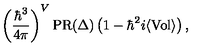
\left( { \frac { \hbar ^ { 3 } } { 4 \pi } } \right) ^ { V } \mathrm { P R } ( \Delta ) \left( 1 - \hbar ^ { 2 } i \langle \mathrm { V o l } \rangle \right) ,